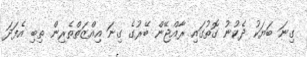
ގިނަ ބަޔަކު ދެކުނު ގޮތުގައި ރާއްޖޭން ބޭރުގެ ގިނަ އިއްޒަތްތެރިން ތިބި އެފަދަ